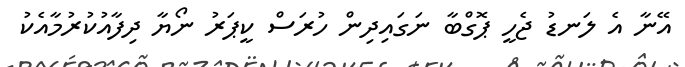
އޭނާ އެ ލަނޑު ޖެހީ ޕޮގްބާ ނަގައިދިން ހުރަސް ކީޕަރު ނޯޔާ ދިފާއުކުރުމާއެކު